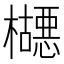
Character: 𬅂